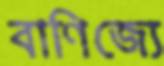
বাণিজ্যে